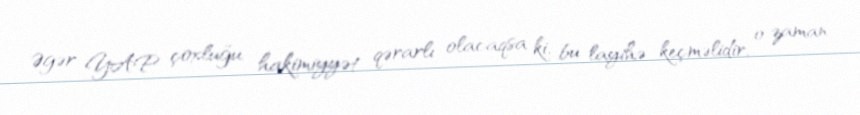
Əgər YAP çoxluğu, hakimiyyət qərarlı olacaqsa ki, bu layihə keçməlidir, o zaman